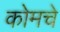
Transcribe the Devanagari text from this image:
कोमचे